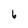
Character: 6